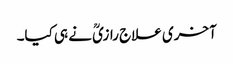
آخری علاج رازیؒ نے ہی کیا۔